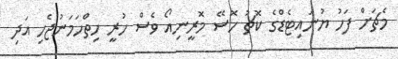
މެޗަށް ފަހު ޔުނައިޓެޑްގެ ކޮޗު ހޮސޭ މޮރީނިއޯ ވެސް ހުރީ ހިތްހަމަނުޖެހި އަދި